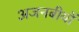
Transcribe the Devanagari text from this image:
अजनबीयों